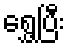
ရွှေ့ပြီး